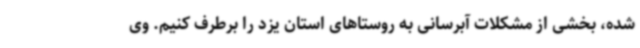
شده، بخشی از مشکلات آبرسانی به روستاهای استان یزد را برطرف کنیم. وی